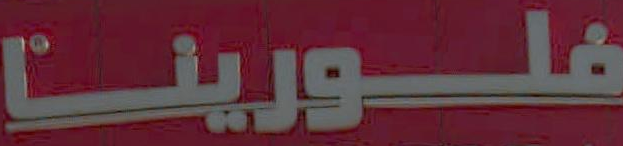
فلورينا